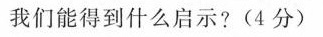
我们能得到什么启示?(4分)